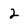
Character: 2